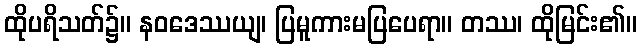
ထိုပရိသတ်၌။ နဝဒေဿယျ၊ ပြမူကားမပြပေရာ။ တဿ၊ ထိုမြင်း၏။